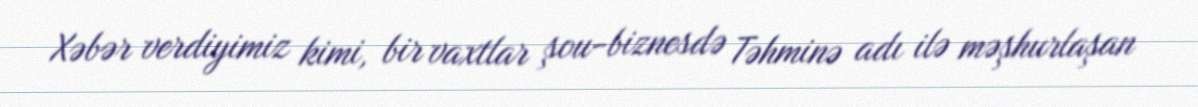
Xəbər verdiyimiz kimi, bir vaxtlar şou-biznesdə Təhminə adı ilə məşhurlaşan